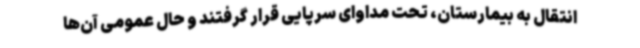
انتقال به بیمارستان، تحت مداوای سرپایی قرار گرفتند و حال عمومی آن‌ها